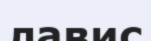
лавис